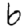
Digit: 6